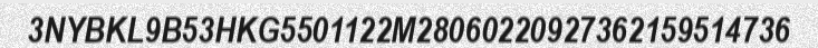
3NYBKL9B53HKG5501122M28060220927362159514736